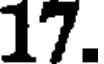
17.